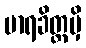
မာရခိတ္တမှိ